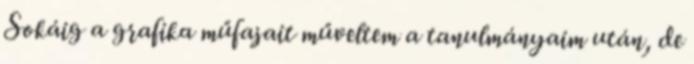
Sokáig a grafika műfajait műveltem a tanulmányaim után, de